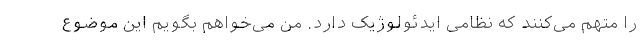
را متهم می‌کنند که نظامی ایدئولوژیک دارد. من می‌خواهم بگویم این موضوع